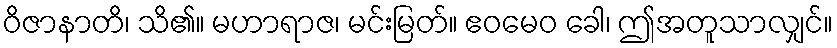
ဝိဇာနာတိ၊ သိ၏။ မဟာရာဇ၊ မင်းမြတ်။ ဧဝမေဝ ခေါ၊ ဤအတူသာလျှင်။